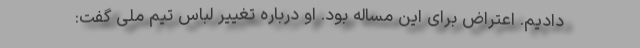
دادیم. اعتراض برای این مساله بود. او درباره تغییر لباس تیم ملی گفت: